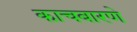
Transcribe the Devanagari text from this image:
काचबारणे